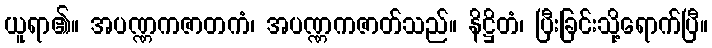
ယူရာ၏။ အပဏ္ဏကဇာတကံ၊ အပဏ္ဏကဇာတ်သည်။ နိဋ္ဌိတံ၊ ပြီးခြင်းသို့ရောက်ပြီ။